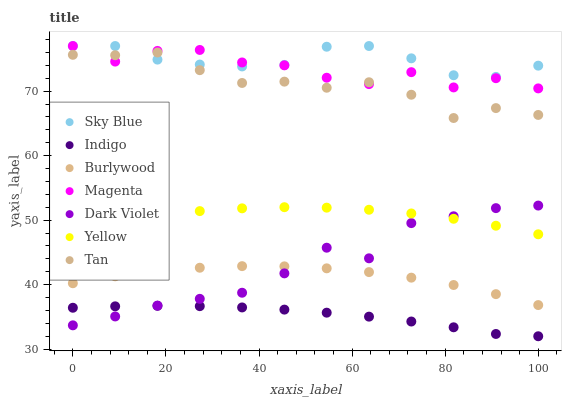
| xaxis_label | Sky Blue | Indigo | Burlywood | Magenta | Dark Violet | Yellow | Tan |
 | --- | --- | --- | --- | --- | --- | --- | --- |
 | 0 | 77 | 36.4 | 40.2 | 77 | 33.7 | 48.6 | 75.6 |
 | 9.09 | 77 | 36.6 | 41.3 | 74.6 | 35.1 | 49.8 | 75.6 |
 | 18.2 | 74.9 | 36.7 | 42.1 | 76.2 | 36.8 | 50.7 | 76 |
 | 27.3 | 74.1 | 36.7 | 42.6 | 76.4 | 37.8 | 51.4 | 73.3 |
 | 36.4 | 73.8 | 36.5 | 42.9 | 74.5 | 38.7 | 51.8 | 71.3 |
 | 45.5 | 74.1 | 36.1 | 42.8 | 74 | 41.8 | 52 | 71.5 |
 | 54.5 | 76.9 | 35.7 | 42.5 | 72.1 | 45.7 | 51.9 | 70.5 |
 | 63.6 | 77 | 35 | 41.9 | 71.1 | 44.1 | 51.6 | 71.4 |
 | 72.7 | 75.1 | 34.3 | 41.1 | 72.9 | 49.5 | 51 | 69.4 |
 | 81.8 | 72.5 | 33.4 | 39.9 | 70.6 | 50.6 | 50.2 | 65.8 |
 | 90.9 | 72.2 | 32.4 | 38.5 | 72 | 51.9 | 49.1 | 67.4 |
 | 100 | 74 | 32 | 36.8 | 70.4 | 52.3 | 47.8 | 66.3 |